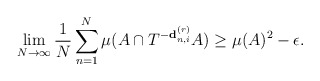
\begin{align*} \lim_{N \rightarrow \infty} \frac{1}{N} \sum_{n=1}^N \mu(A \cap T^{-\bold{d}_{n,i}^{(r)}} A) \geq \mu(A)^2 - \epsilon. \end{align*}